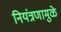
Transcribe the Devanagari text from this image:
नियंत्रणामुळे